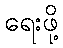
ရေးဖို့